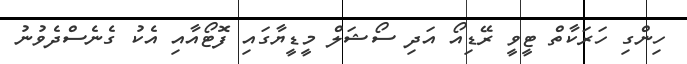
ހިންގި ހަރަކާތް ޓީވީ ރޭޑިއޯ އަދި ސޯޝަލް މީޑީޔާގައި ފޮޓޯއާއި އެކު ގެނެސްދެވުނު